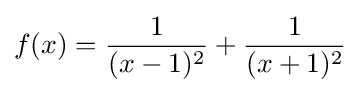
f(x)={\frac {1}{(x-1)^{2}}}+{\frac {1}{(x+1)^{2}}}